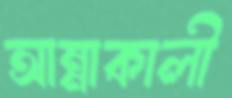
আন্নাকালী